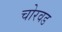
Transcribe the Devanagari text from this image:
चोरवड